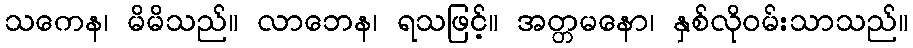
သကေန၊ မိမိသည်။ လာဘေန၊ ရသဖြင့်။ အတ္တမနော၊ နှစ်လိုဝမ်းသာသည်။